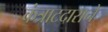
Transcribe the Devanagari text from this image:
कंत्राटदाराने